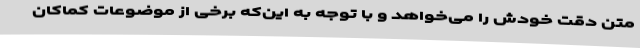
متن دقت خودش را می‌خواهد و با توجه به این‌که برخی از موضوعات کماکان